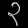
Digit: ၃